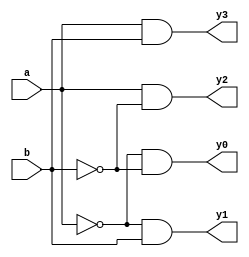
module decoder2_4(a,b,y0,y1,y2,y3);
input a ,b ;
output y0,y1,y2,y3;
assign y0=(~a)&(~b);
assign y1=(~a)&(b);
assign y2=(a)&(~b);
assign y3=(a)&(b);
endmodule